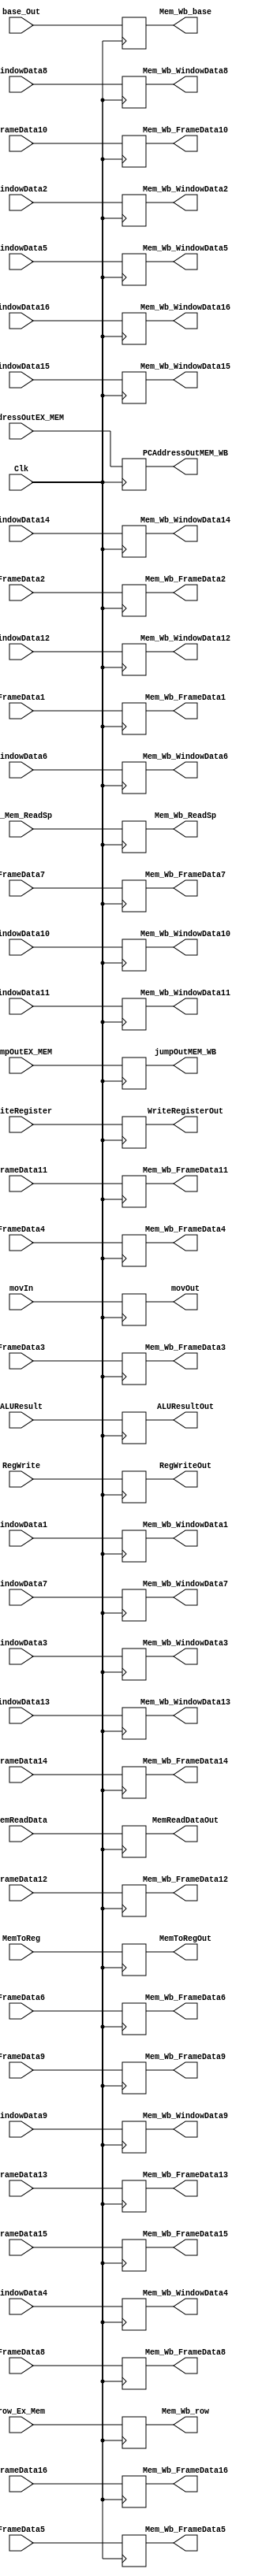
`timescale 1ns / 1ps
//////////////////////////////////////////////////////////////////////////////////
// Company: 
// Engineer: 
// 
// Design Name: 
// Module Name: MEM_WB
// Project Name: 
// Target Devices: 
// Tool Versions: 
// Description: 
// 
// Dependencies: 
// 
// Revision:
// Revision 0.01 - File Created
// Additional Comments:
// 
//////////////////////////////////////////////////////////////////////////////////


module MEM_WB(Clk, RegWrite, MemToReg, MemReadData, ALUResult, WriteRegister,
    RegWriteOut, MemToRegOut, MemReadDataOut, ALUResultOut, WriteRegisterOut, movIn, movOut, PCAddressOutEX_MEM,
        PCAddressOutMEM_WB, jumpOutEX_MEM, jumpOutMEM_WB, Ex_Mem_ReadSp, Mem_Wb_ReadSp,
        FrameData1, WindowData1,
                FrameData2, WindowData2,
                FrameData3, WindowData3,
                FrameData4, WindowData4,
                FrameData5, WindowData5,
                FrameData6, WindowData6,
                FrameData7, WindowData7,
                FrameData8, WindowData8,
                FrameData9, WindowData9,
                FrameData10, WindowData10,
                FrameData11, WindowData11,
                FrameData12, WindowData12,
                FrameData13, WindowData13,
                FrameData14, WindowData14,
                FrameData15, WindowData15,
                FrameData16, WindowData16, base_Out, row_Ex_Mem,
                Mem_Wb_FrameData1, Mem_Wb_WindowData1,
                Mem_Wb_FrameData2, Mem_Wb_WindowData2,
                Mem_Wb_FrameData3, Mem_Wb_WindowData3,
                Mem_Wb_FrameData4, Mem_Wb_WindowData4,
                Mem_Wb_FrameData5, Mem_Wb_WindowData5,
                Mem_Wb_FrameData6, Mem_Wb_WindowData6,
                Mem_Wb_FrameData7, Mem_Wb_WindowData7,
                Mem_Wb_FrameData8, Mem_Wb_WindowData8,
                Mem_Wb_FrameData9, Mem_Wb_WindowData9,
                Mem_Wb_FrameData10, Mem_Wb_WindowData10,
                Mem_Wb_FrameData11, Mem_Wb_WindowData11,
                Mem_Wb_FrameData12, Mem_Wb_WindowData12,
                Mem_Wb_FrameData13, Mem_Wb_WindowData13,
                Mem_Wb_FrameData14, Mem_Wb_WindowData14,
                Mem_Wb_FrameData15, Mem_Wb_WindowData15,
                Mem_Wb_FrameData16, Mem_Wb_WindowData16, Mem_Wb_base, Mem_Wb_row);
    
    input Clk, RegWrite, MemToReg, movIn, jumpOutEX_MEM, Ex_Mem_ReadSp;
    input [4:0] WriteRegister;
    input [31:0] MemReadData, ALUResult, PCAddressOutEX_MEM, FrameData1, WindowData1,
                FrameData2, WindowData2,
                FrameData3, WindowData3,
                FrameData4, WindowData4,
                FrameData5, WindowData5,
                FrameData6, WindowData6,
                FrameData7, WindowData7,
                FrameData8, WindowData8,
                FrameData9, WindowData9,
                FrameData10, WindowData10,
                FrameData11, WindowData11,
                FrameData12, WindowData12,
                FrameData13, WindowData13,
                FrameData14, WindowData14,
                FrameData15, WindowData15,
                FrameData16, WindowData16, base_Out, row_Ex_Mem;
      
    output reg RegWriteOut, MemToRegOut, movOut, jumpOutMEM_WB, Mem_Wb_ReadSp;
    output reg [4:0] WriteRegisterOut;
    output reg [31:0] MemReadDataOut, ALUResultOut, PCAddressOutMEM_WB, Mem_Wb_FrameData1, Mem_Wb_WindowData1,
                Mem_Wb_FrameData2, Mem_Wb_WindowData2,
                Mem_Wb_FrameData3, Mem_Wb_WindowData3,
                Mem_Wb_FrameData4, Mem_Wb_WindowData4,
                Mem_Wb_FrameData5, Mem_Wb_WindowData5,
                Mem_Wb_FrameData6, Mem_Wb_WindowData6,
                Mem_Wb_FrameData7, Mem_Wb_WindowData7,
                Mem_Wb_FrameData8, Mem_Wb_WindowData8,
                Mem_Wb_FrameData9, Mem_Wb_WindowData9,
                Mem_Wb_FrameData10, Mem_Wb_WindowData10,
                Mem_Wb_FrameData11, Mem_Wb_WindowData11,
                Mem_Wb_FrameData12, Mem_Wb_WindowData12,
                Mem_Wb_FrameData13, Mem_Wb_WindowData13,
                Mem_Wb_FrameData14, Mem_Wb_WindowData14,
                Mem_Wb_FrameData15, Mem_Wb_WindowData15,
                Mem_Wb_FrameData16, Mem_Wb_WindowData16, Mem_Wb_base, Mem_Wb_row;
    
    always@(posedge Clk) begin
        RegWriteOut <= RegWrite;
        MemToRegOut <= MemToReg;
        MemReadDataOut <= MemReadData;
        ALUResultOut <= ALUResult;
        WriteRegisterOut <= WriteRegister;
        movOut          <= movIn;
        PCAddressOutMEM_WB <= PCAddressOutEX_MEM;
        jumpOutMEM_WB <= jumpOutEX_MEM;
        Mem_Wb_ReadSp <= Ex_Mem_ReadSp;
        Mem_Wb_FrameData1 <= FrameData1;
        Mem_Wb_FrameData2 <= FrameData2;
        Mem_Wb_FrameData3 <= FrameData3;
        Mem_Wb_FrameData4 <= FrameData4;
        Mem_Wb_FrameData5 <= FrameData5;
        Mem_Wb_FrameData6 <= FrameData6;
        Mem_Wb_FrameData7 <= FrameData7;
        Mem_Wb_FrameData8 <= FrameData8;
        Mem_Wb_FrameData9 <= FrameData9;
        Mem_Wb_FrameData10 <= FrameData10;
        Mem_Wb_FrameData11 <= FrameData11;
        Mem_Wb_FrameData12 <= FrameData12;
        Mem_Wb_FrameData13 <= FrameData13;
        Mem_Wb_FrameData14 <= FrameData14;
        Mem_Wb_FrameData15 <= FrameData15;
        Mem_Wb_FrameData16 <= FrameData16;
        
        Mem_Wb_WindowData1 <= WindowData1;
        Mem_Wb_WindowData2 <= WindowData2;
        Mem_Wb_WindowData3 <= WindowData3;
        Mem_Wb_WindowData4 <= WindowData4;
        Mem_Wb_WindowData5 <= WindowData5;
        Mem_Wb_WindowData6 <= WindowData6;
        Mem_Wb_WindowData7 <= WindowData7;
        Mem_Wb_WindowData8 <= WindowData8;
        Mem_Wb_WindowData9 <= WindowData9;
        Mem_Wb_WindowData10 <= WindowData10;
        Mem_Wb_WindowData11 <= WindowData11;
        Mem_Wb_WindowData12 <= WindowData12;
        Mem_Wb_WindowData13 <= WindowData13;
        Mem_Wb_WindowData14 <= WindowData14;
        Mem_Wb_WindowData15 <= WindowData15;
        Mem_Wb_WindowData16 <= WindowData16;
        
        Mem_Wb_base <= base_Out;
        Mem_Wb_row <= row_Ex_Mem;
        
    end
endmodule